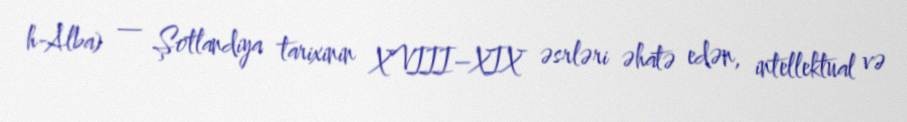
h-Alba) — Şotlandiya tarixinin XVIII–XIX əsrləri əhatə edən, intellektual və